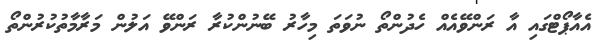
އެއާޕޯޓްގައި އާ ރަންވޭއެއް ހެދުންތޯ ނުވަތަ މިހާރު ބޭނުންކުރާ ރަންވޭ އަލުން މަރާމާތުކުރުންތޯ